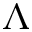
\Lambda